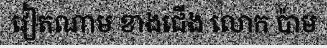
វៀតណាម ខាងជើង លោក ប៉ាម